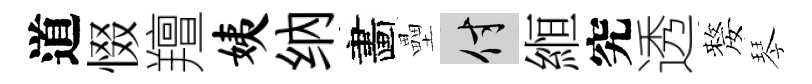
道惙羶姨纳畵壘付縆究透嫠琴